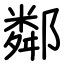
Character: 鄰